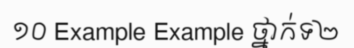
១០ Example Example ថ្នាក់ទ២